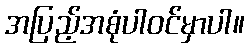
အပြည့်အစုံပါဝင်မှာပါ။